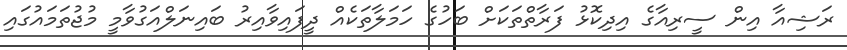
ރަޝިއާ އިން ސީރިއާގެ އިދިކޮޅު ފަރާތްތަކަށް ބަހުގެ ހަމަލާތަކެއް ދީފައިވާއިރު ބައިނަލްއަގުވާމީ މުޖުތަމައުގައި